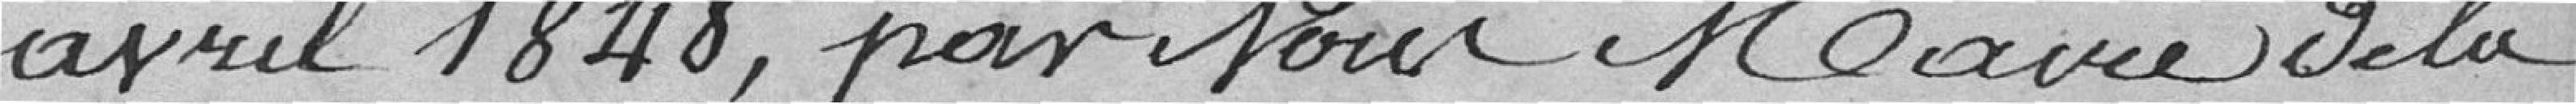
avril 1848, par pour Mairie de la